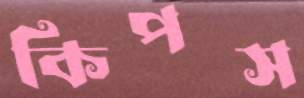
কিপস